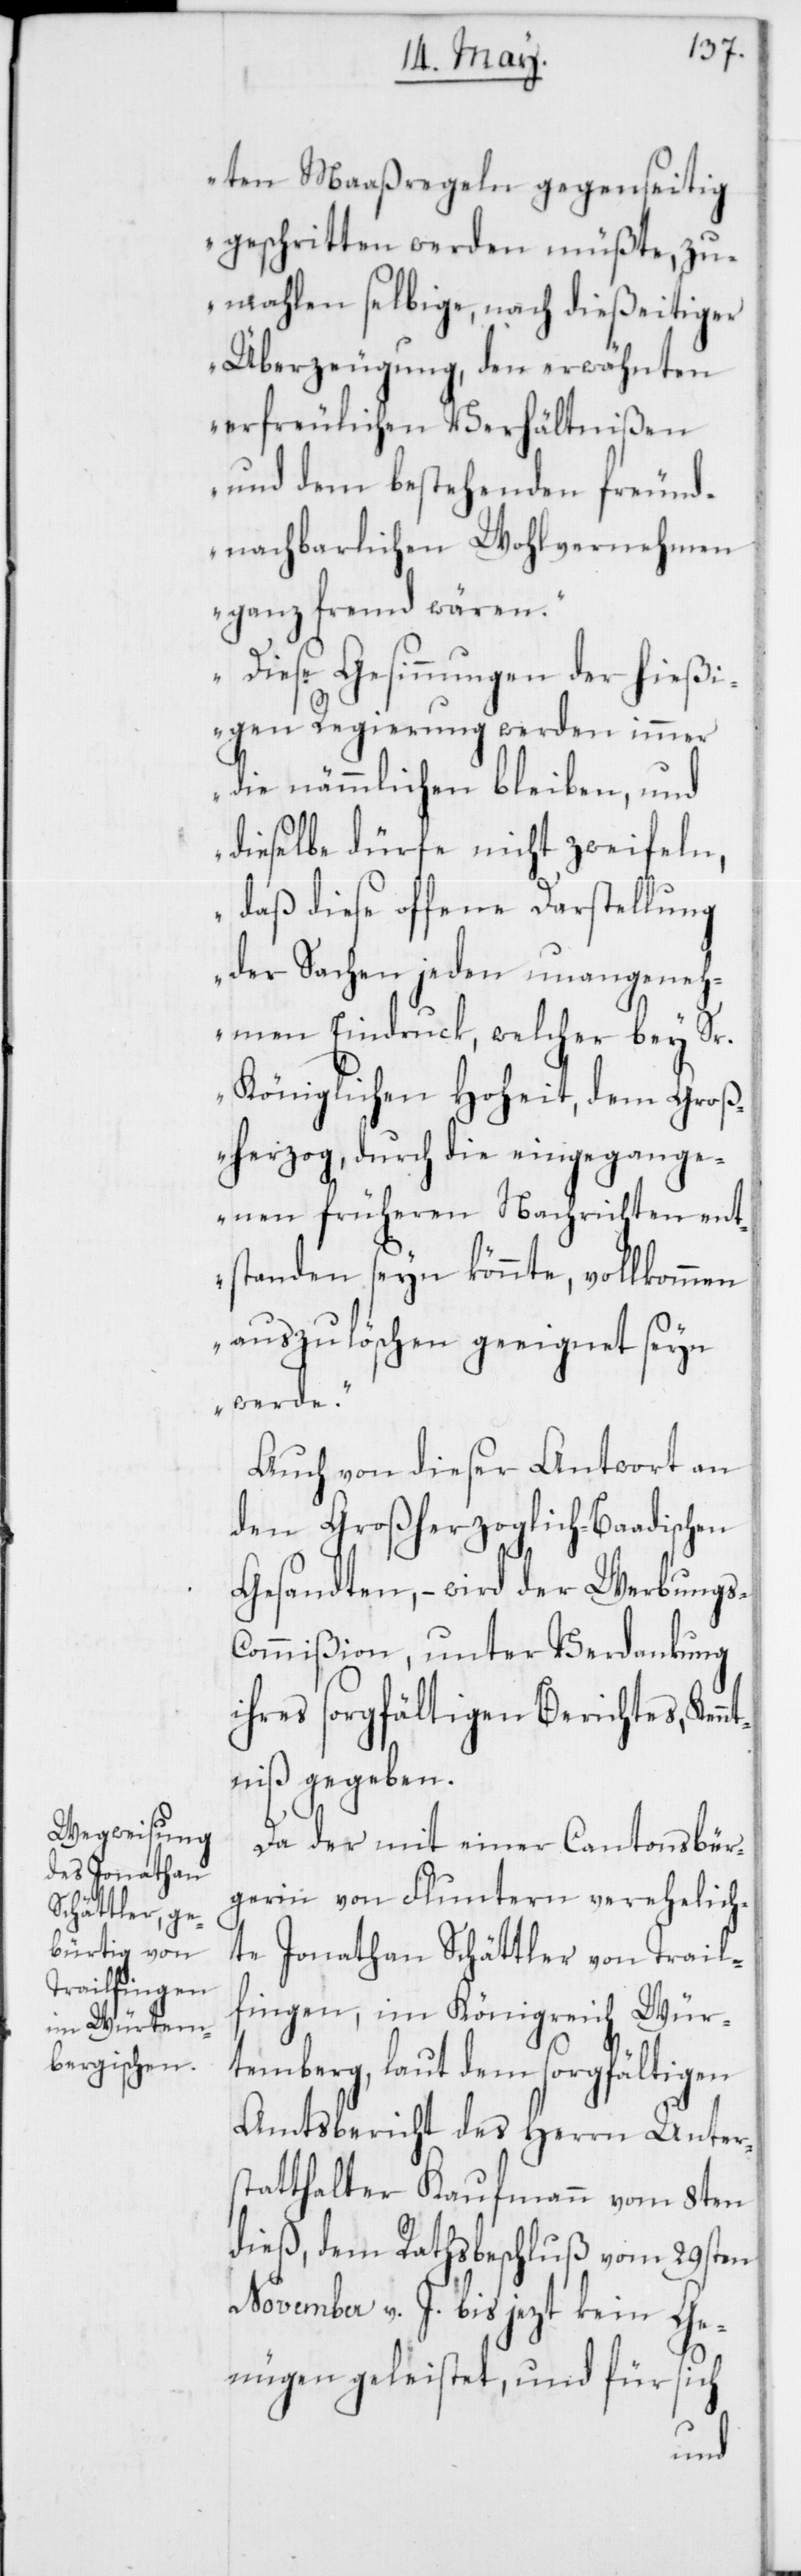
ten Maaßregeln gegenseitig
geschritten werden müßte, zu¬
mahlen selbige, nach dießeitiger
Überzeugung, den erwähnten
erfreulichen Verhältnißen
und dem bestehenden freund¬
nachbarlichen Wohlvernehmen
ganz fremd wären.
Diese Gesinnungen der hießi¬
gen Regierung werden immer
die nämmlichen bleiben, und
dieselbe dürfe nicht zweifeln,
daß diese offene Darstellung
der Sachen jeden unangeneh¬
men Eindruck, welcher bey Sr.
Königlichen Hoheit, dem Groß¬
herzog, durch die eingegange¬
nen früheren Nachrichten ent¬
standen seyn könnte, vollkommen
auszulöschen geeignet seyn
werde.“
Auch von dieser Antwort an
den Großherzoglich-Baadischen
Gesandten, – wird der Werbung¬
ommißion, unter Verdankung
ihres sorgfältigen Berichtes, Kenn¬
tniß gegeben.
Da der mit einer Cantonsbür¬
gerin von Fluntern verehelich¬
te Jonathan Schättler von Trail¬
fingen, im Königreich Wür¬
temberg, laut dem sorgfältigen
Amtsbericht des Herrn Unter¬
statthalter Kaufmann vom 8ten
dieß, dem Rathsbeschluß vom 29sten
November v. J. bis jezt kein Ge¬
nügen geleistet, und für sich
s-C¬